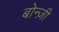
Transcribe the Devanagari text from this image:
बोन्ज़ी